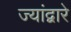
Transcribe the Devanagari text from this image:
ज्यांद्वारे